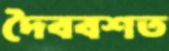
দৈববশত